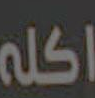
اكله